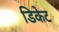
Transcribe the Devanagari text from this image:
डिकेट